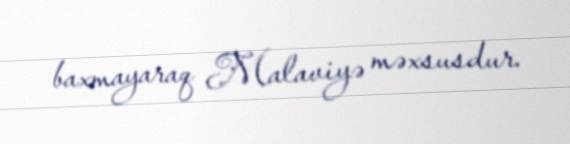
baxmayaraq Malaviyə məxsusdur.